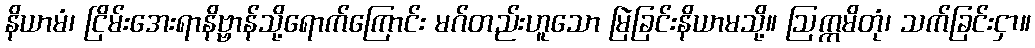
နိယာမံ၊ ငြိမ်းအေးရာနိဗ္ဗာန်သို့ရောက်ကြောင်း မဂ်တည်းဟူသော မြဲခြင်းနိယာမသို့။ ဩက္ကမိတုံ၊ သက်ခြင်းငှာ။